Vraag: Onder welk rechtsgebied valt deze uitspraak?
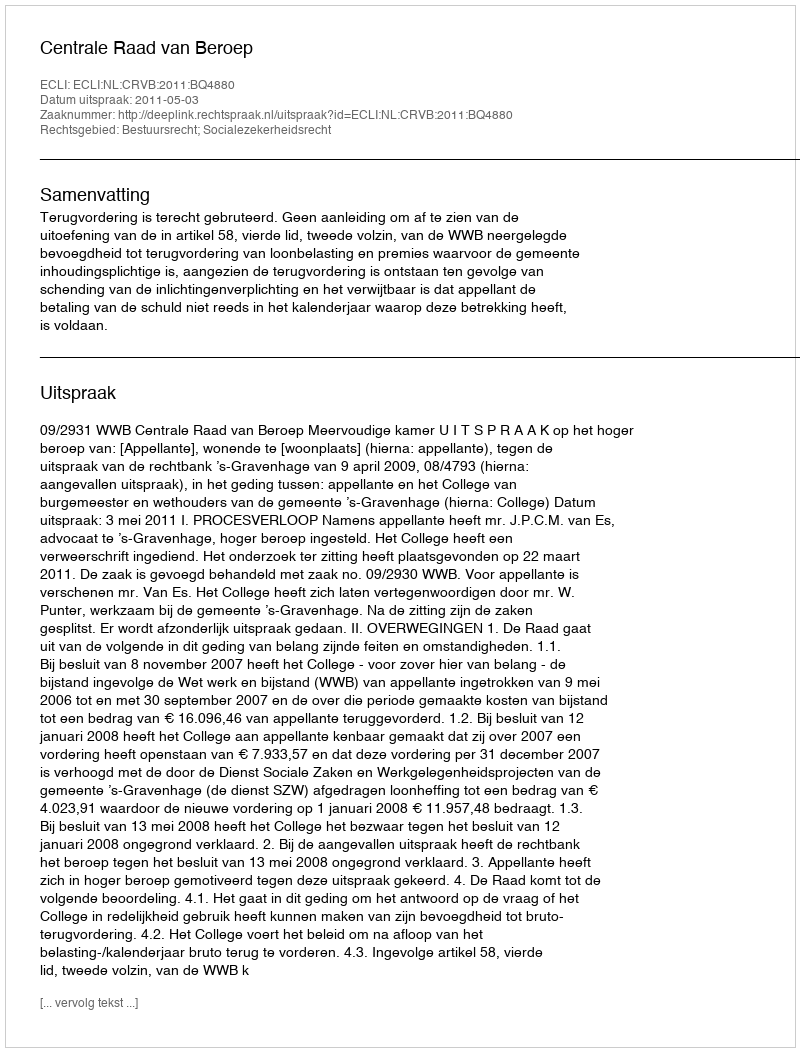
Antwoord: Bestuursrecht; Socialezekerheidsrecht